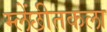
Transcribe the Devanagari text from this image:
म्लेंछीतकला